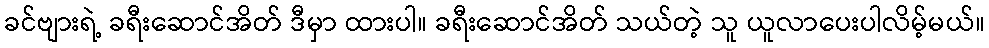
ခင်ဗျားရဲ့ ခရီးဆောင်အိတ် ဒီမှာ ထားပါ။ ခရီးဆောင်အိတ် သယ်တဲ့ သူ ယူလာပေးပါလိမ့်မယ်။